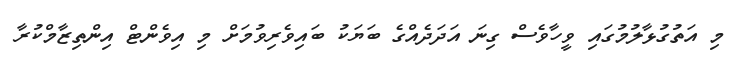
މި އަތުގުޅާލުމުގައި ވީހާވެސް ގިނަ އަދަދެއްގެ ބަޔަކު ބައިވެރިވުމަށް މި އިވެންޓް އިންތިޒާމްކުރާ